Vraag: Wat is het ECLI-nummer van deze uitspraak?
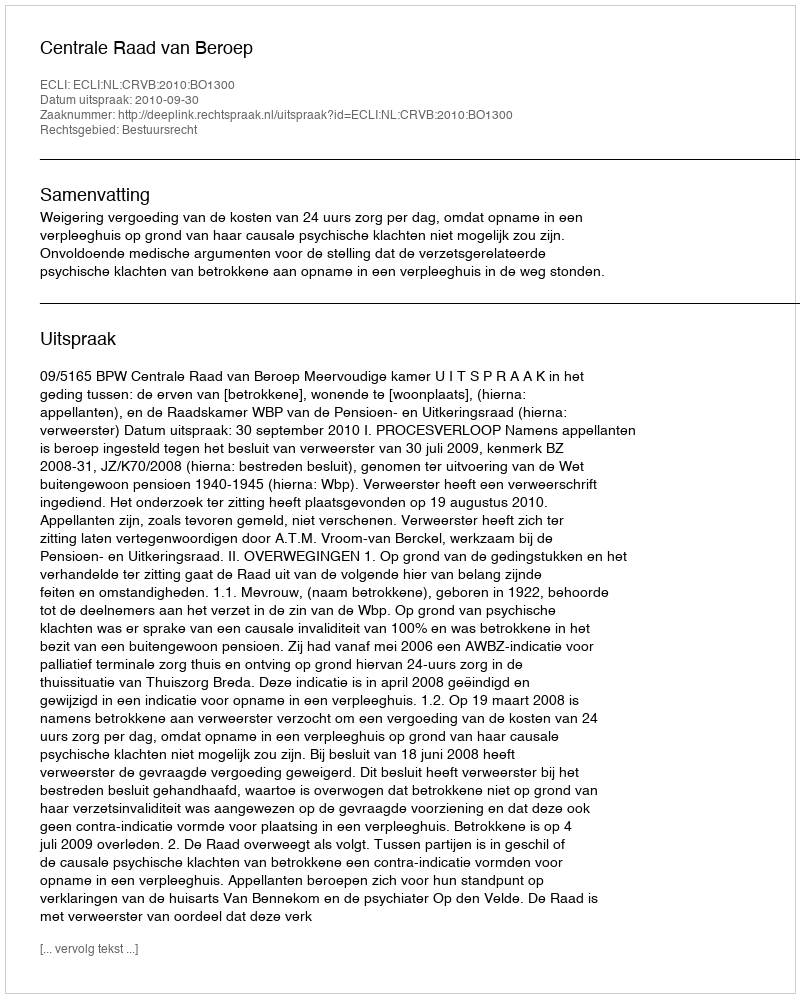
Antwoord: ECLI:NL:CRVB:2010:BO1300